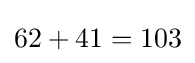
62+41=103